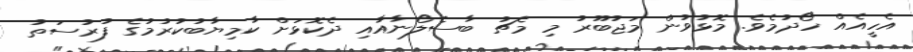
އެހީއެއް ހޯދުމެވެ. މޮޅުވުން މަޖުބޫރު މި މެޗު ބާސެލޯނާއާއި ދެކޮޅަށް ކާމިޔާބުކުރުމުގެ ފުރުސަތު